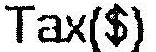
TAX($)